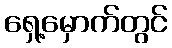
ရှေ့မှောက်တွင်